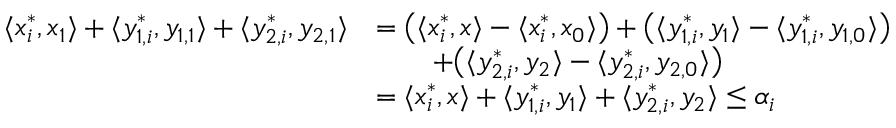
\begin{array} { r } { \begin{array} { l l } { \langle x _ { i } ^ { * } , x _ { 1 } \rangle + \langle y _ { 1 , i } ^ { * } , y _ { 1 , 1 } \rangle + \langle y _ { 2 , i } ^ { * } , y _ { 2 , 1 } \rangle } & { = \big ( \langle x _ { i } ^ { * } , x \rangle - \langle x _ { i } ^ { * } , x _ { 0 } \rangle \big ) + \big ( \langle y _ { 1 , i } ^ { * } , y _ { 1 } \rangle - \langle y _ { 1 , i } ^ { * } , y _ { 1 , 0 } \rangle \big ) } \\ & { \qquad + \big ( \langle y _ { 2 , i } ^ { * } , y _ { 2 } \rangle - \langle y _ { 2 , i } ^ { * } , y _ { 2 , 0 } \rangle \big ) } \\ & { = \langle x _ { i } ^ { * } , x \rangle + \langle y _ { 1 , i } ^ { * } , y _ { 1 } \rangle + \langle y _ { 2 , i } ^ { * } , y _ { 2 } \rangle \leq \alpha _ { i } } \end{array} } \end{array}